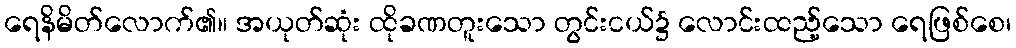
ရေနိမိတ်လောက်၏။ အယုတ်ဆုံး ထိုခဏတူးသော တွင်းငယ်၌ လောင်းထည့်သော ရေဖြစ်စေ၊